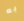
به